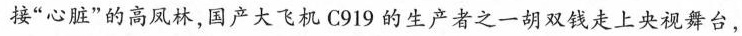
接”心脏”的高凤林，国产大飞机 C919 的生产者之一胡双钱走上央视舞台，